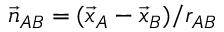
{ \vec { n } } _ { A B } = ( { \vec { x } } _ { A } - { \vec { x } } _ { B } ) / r _ { A B }